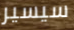
سيسير